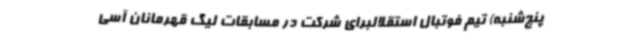
پنج‌شنبه) تیم فوتبال استقلالبرای شرکت در مسابقات لیگ قهرمانان آسی